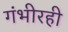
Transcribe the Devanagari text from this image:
गंभीरही